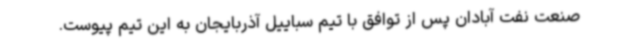
صنعت نفت آبادان پس از توافق با تیم سباییل آذربایجان به این تیم پیوست.